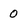
Character: 0